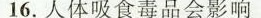
16.人体吸食毒品会影响 ()